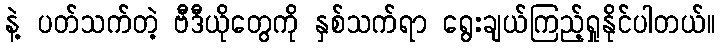
နဲ့ ပတ်သက်တဲ့ ဗီဒီယိုတွေကို နှစ်သက်ရာ ရွေးချယ်ကြည့်ရှုနိုင်ပါတယ်။